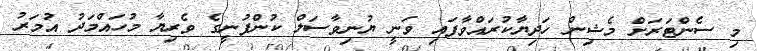
މި ސެންޓަރަށް މެޝިން ހަދިޔާކުރައްވާފައި ވަނީ ޔުނިވާސަލް ކުންފުނީގެ ވެރިޔާ މުހައްމަދު އުމަރު